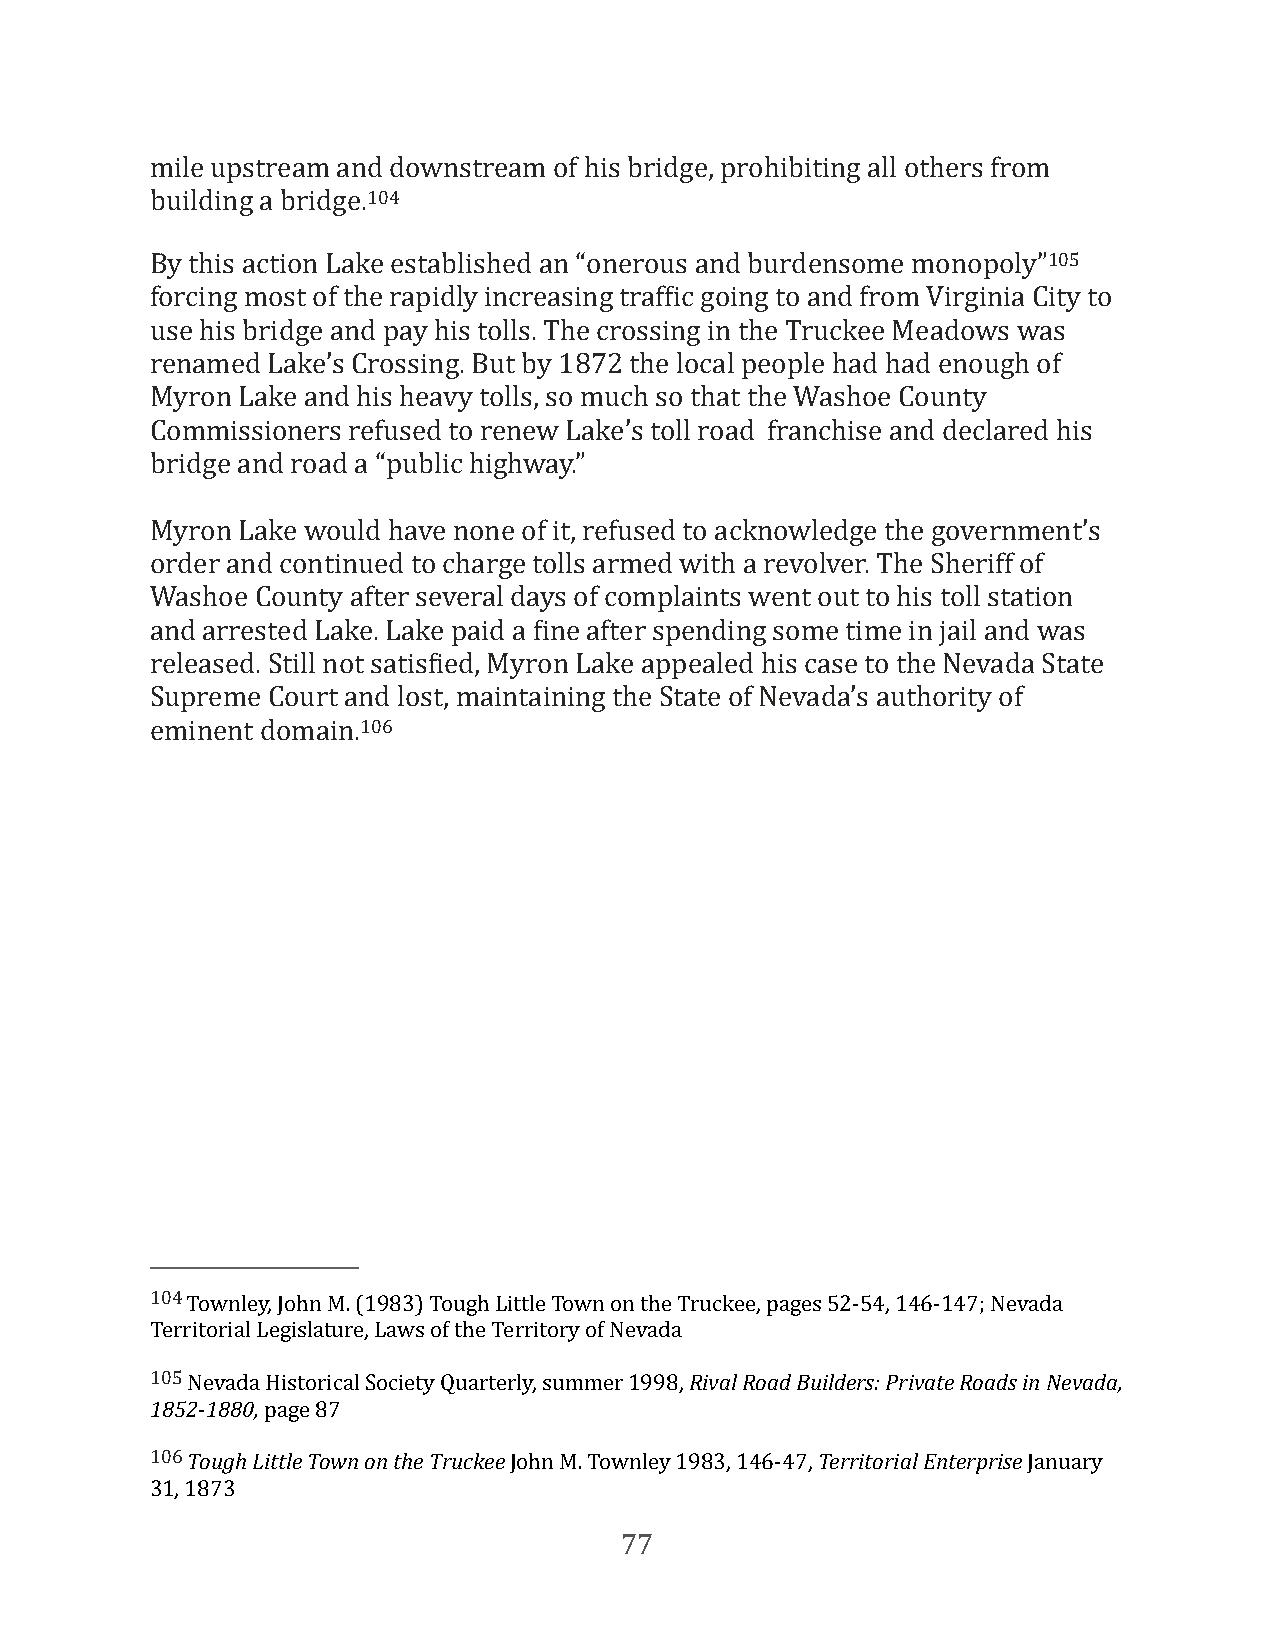
mile upstream and downstream of his bridge, prohibiting all others from
 building a bridge.104
 By this action Lake established an “onerous and burdensome monopoly”105
 forcing most of the rapidly increasing trafFic going to and from Virginia City to
 use his bridge and pay his tolls. The crossing in the Truckee Meadows was
 renamed Lake’s Crossing. But by 1872 the local people had had enough of
 Myron Lake and his heavy tolls, so much so that the Washoe County
 Commissioners refused to renew Lake’s toll road franchise and declared his
 bridge and road a “public highway.”
 Myron Lake would have none of it, refused to acknowledge the government’s
 order and continued to charge tolls armed with a revolver. The Sheriff of
 Washoe County after several days of complaints went out to his toll station
 and arrested Lake. Lake paid a Fine after spending some time in jail and was
 released. Still not satisFied, Myron Lake appealed his case to the Nevada State
 Supreme Court and lost, maintaining the State of Nevada’s authority of
 eminent domain.106
 104 Townley, John M. (1983) Tough Little Town on the Truckee, pages 52-54, 146-147; Nevada
 Territorial Legislature, Laws of the Territory of Nevada
 105 Nevada Historical Society Quarterly, summer 1998, Rival Road Builders: Private Roads in Nevada,
 1852-1880, page 87
 106 Tough Little Town on the Truckee John M. Townley 1983, 146-47, Territorial Enterprise January
 31, 1873
 77